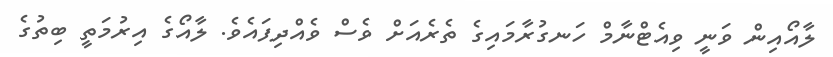
ލާއޯއިން ވަނީ ވިއެޓްނާމް ހަނގުރާމައިގެ ތެރެއަށް ވެސް ވެއްދިފައެވެ. ލާއޯގެ އިރުމަތީ ބިތުގެ